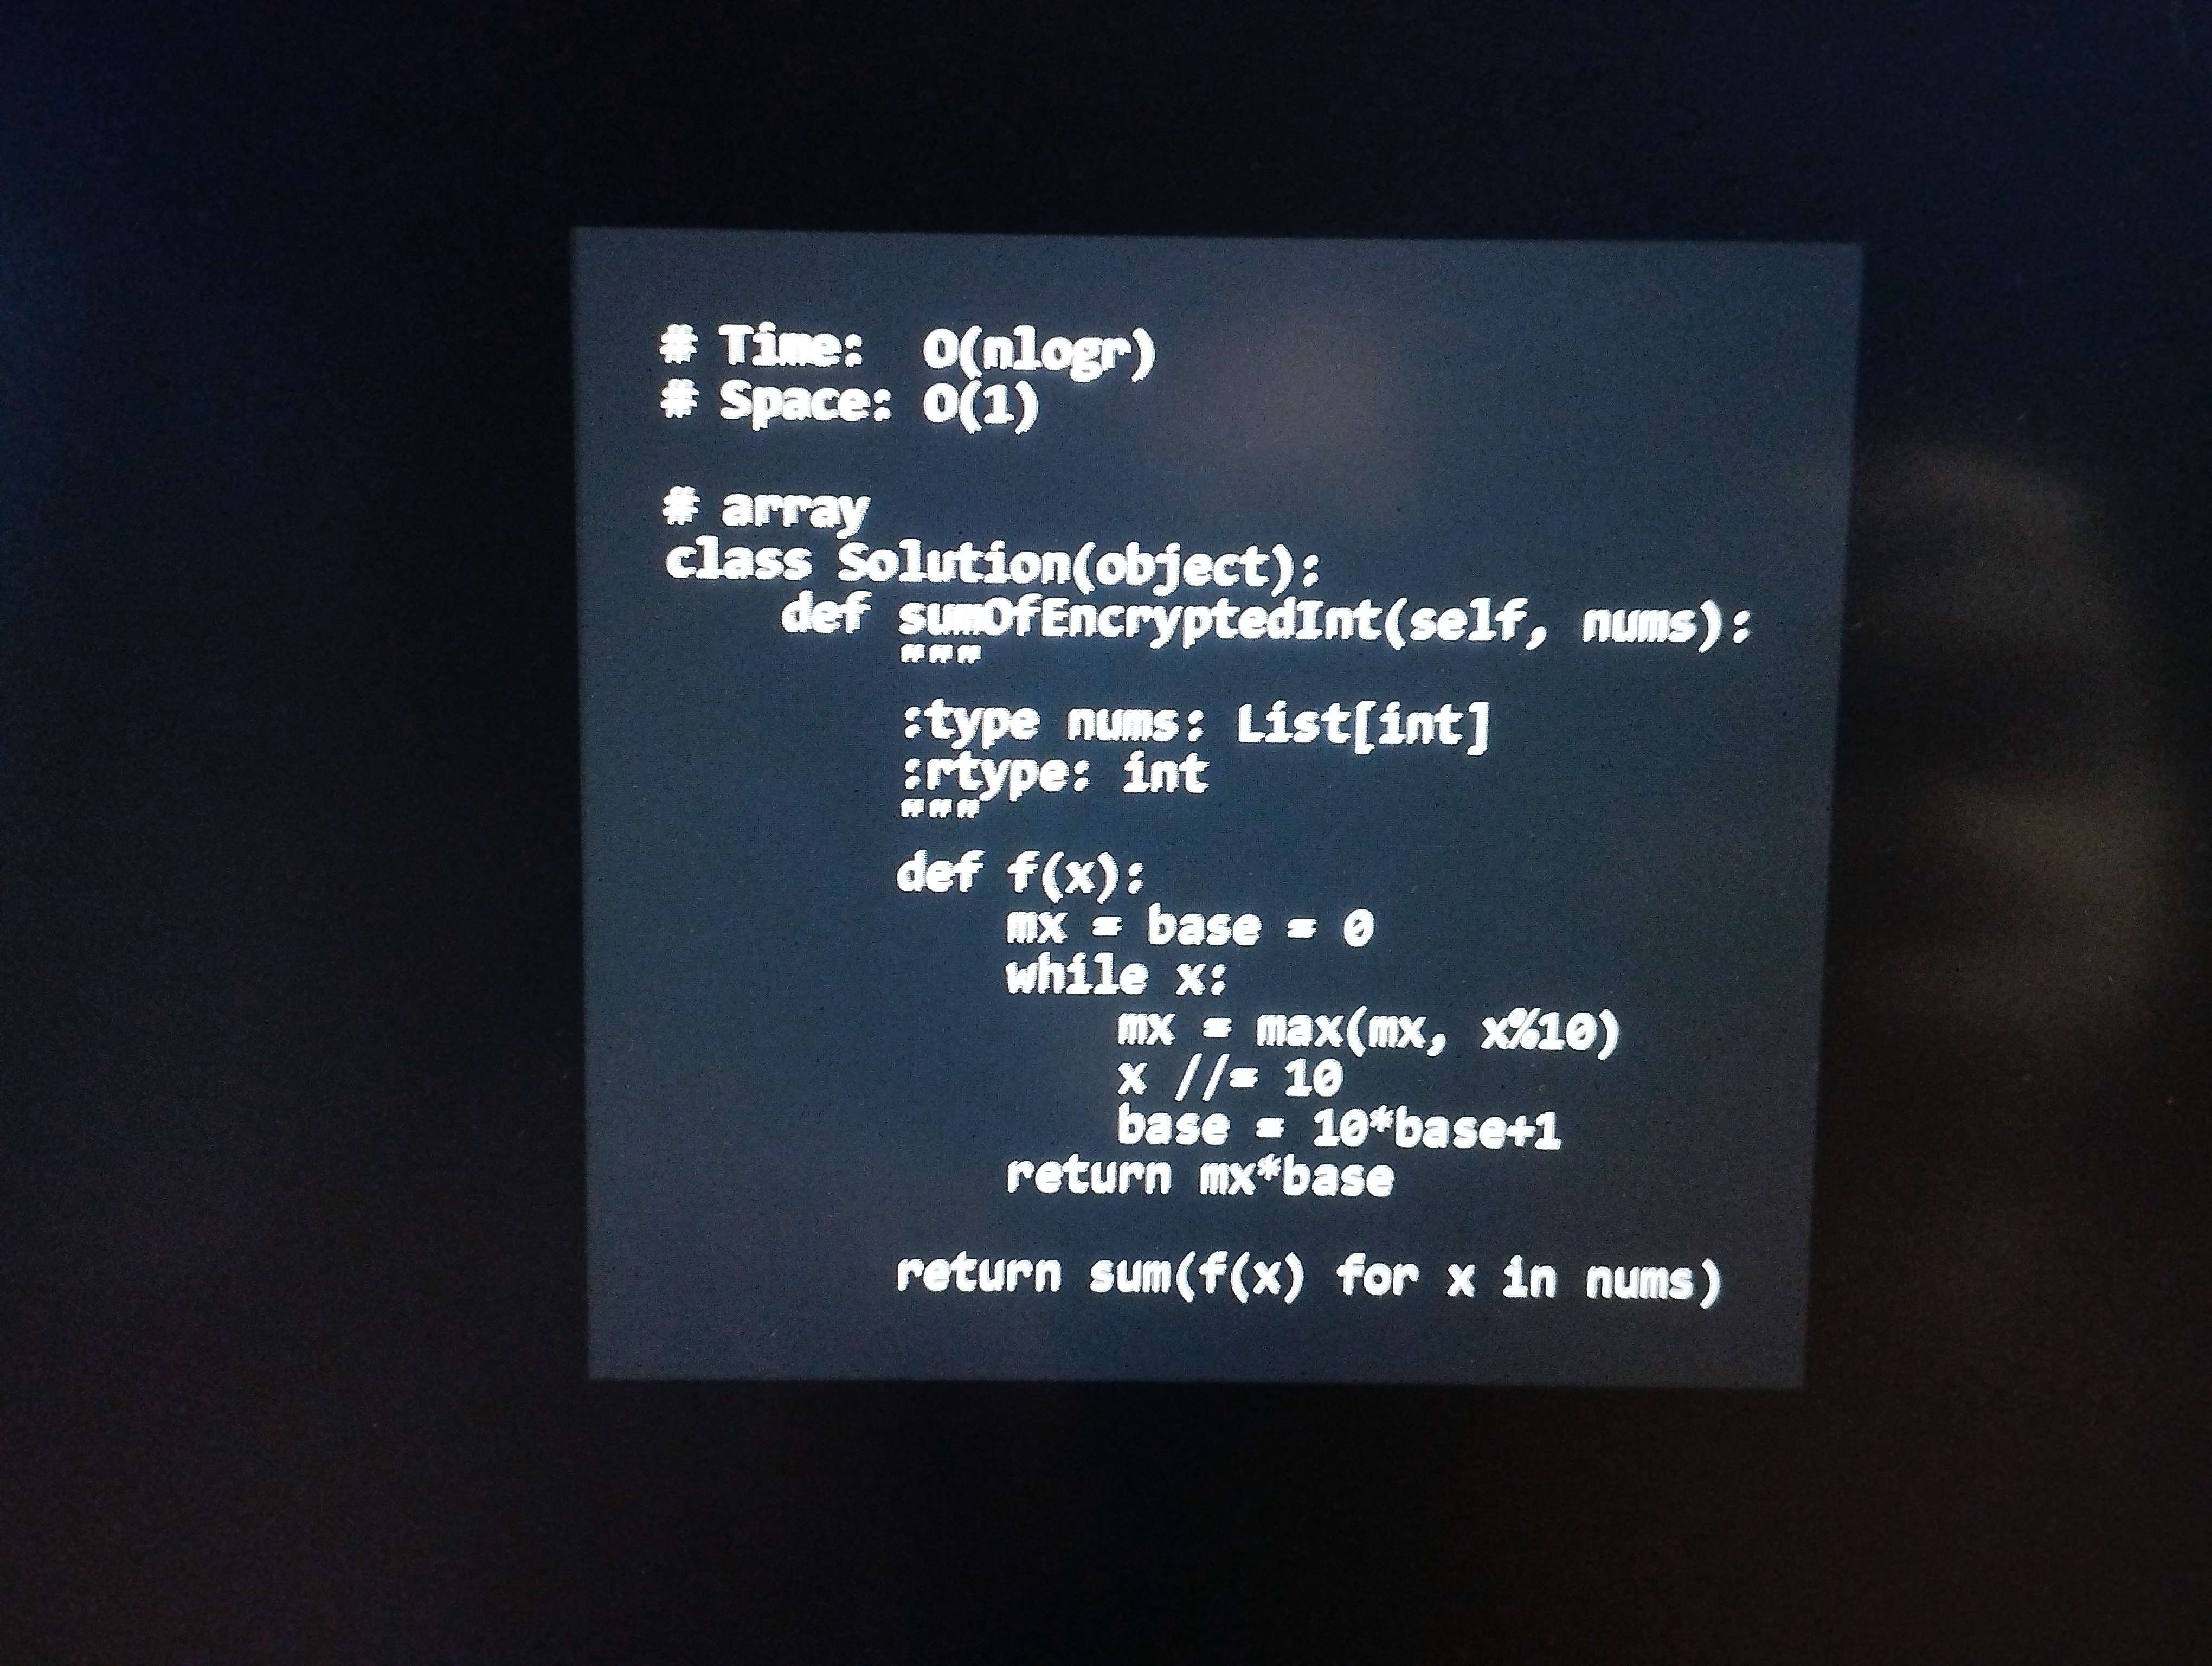
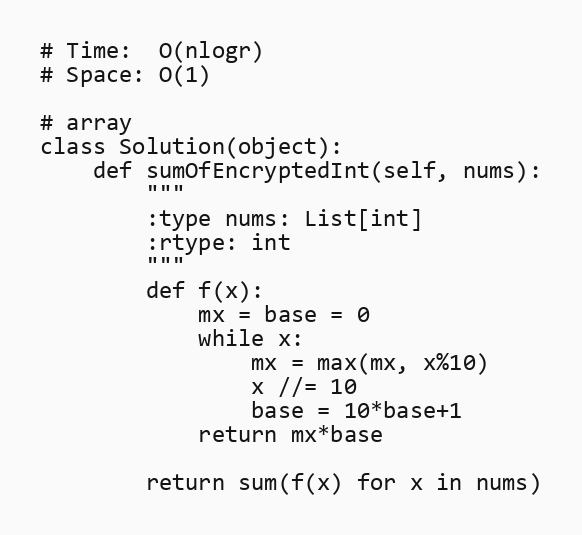
# Time:  O(nlogr)
# Space: O(1)

# array
class Solution(object):
    def sumOfEncryptedInt(self, nums):
        """
        :type nums: List[int]
        :rtype: int
        """
        def f(x):
            mx = base = 0
            while x:
                mx = max(mx, x%10)
                x //= 10
                base = 10*base+1
            return mx*base

        return sum(f(x) for x in nums)